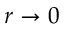
r \rightarrow 0